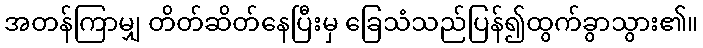
အတန်ကြာမျှ တိတ်ဆိတ်နေပြီးမှ ခြေသံသည်ပြန်၍ထွက်ခွာသွား၏။